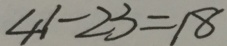
4 1 - 2 3 = 1 8